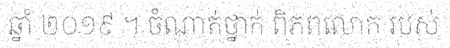
ឆ្នាំ ២០១៩ ។ ចំណាត់ថ្នាក់ ពិភពលោក របស់